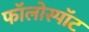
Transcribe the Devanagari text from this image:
फॉलोस्पॉट